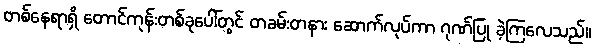
တစ်နေရာရှိ တောင်ကုန်းတစ်ခုပေါ်တွင် တခမ်းတနား ဆောက်လုပ်ကာ ဂုဏ်ပြု ခဲ့ကြလေသည်။